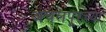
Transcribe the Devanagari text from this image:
अचलपूरच्या